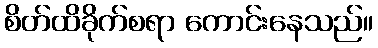
စိတ်ထိခိုက်စရာ ကောင်းနေသည်။